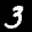
Label: 3